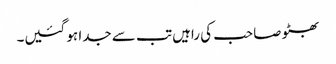
بھٹو صاحب کی راہیں تب سے جدا ہو گئیں۔